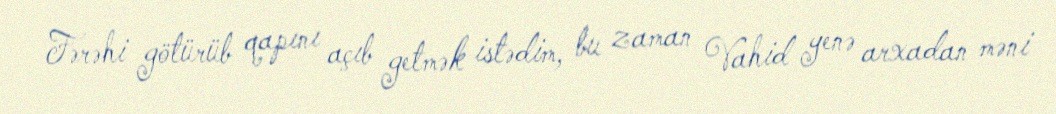
Fərəhi götürüb qapını açıb getmək istədim, bu zaman Vahid yenə arxadan məni